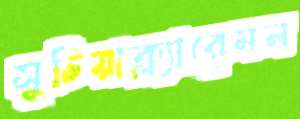
সুচিয়াক্ল্যারেমন